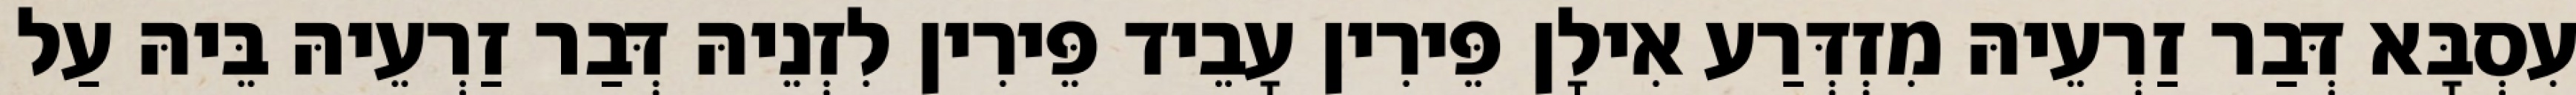
עִסְבָּא דְּבַר זַרְעֵיהּ מִזְדְּרַע אִילָן פֵּירִין עָבֵיד פֵּירִין לִזְנֵיהּ דְּבַר זַרְעֵיהּ בֵּיהּ עַל